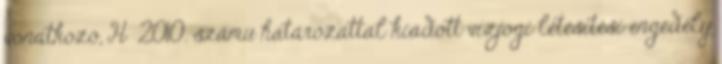
vonatkozó, H 2010. számú határozattal kiadott vízjogi létesítési engedély